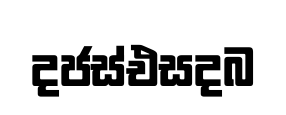
දජස්එසදබ